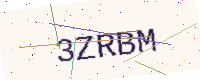
Text: 3ZRBM